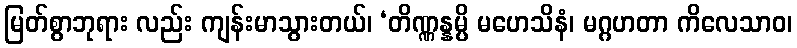
မြတ်စွာဘုရား လည်း ကျန်းမာသွားတယ်၊ ‘တိဏ္ဏန္နမ္ပိ မဟေသိနံ၊ မဂ္ဂဟတာ ကိလေသာဝ၊